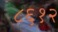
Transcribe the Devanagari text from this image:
८६१२